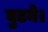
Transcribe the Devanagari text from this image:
घुटने।